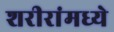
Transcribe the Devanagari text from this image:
शरीरांमध्ये